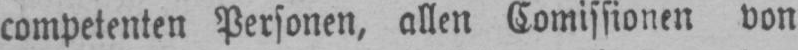
competenten Personen, allen Comissionen von